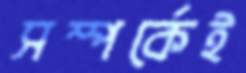
সম্পর্কেই